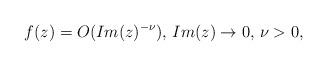
LaTeX: \begin{align*}f(z)=O(Im(z)^{-\nu})\textrm{, }Im(z)\rightarrow 0\textrm{, }\nu>0,\end{align*}